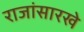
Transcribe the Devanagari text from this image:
राजांसारखे